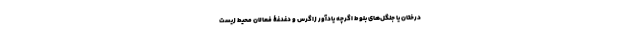
درختان یا جنگل‌های بلوط اگرچه یادآور زاگرس و دغدغۀ فعالان محیط زیست